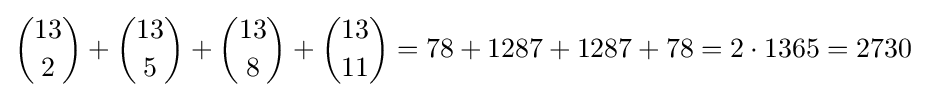
{\binom {13}{2}}+{\binom {13}{5}}+{\binom {13}{8}}+{\binom {13}{11}}=78+1287+1287+78=2\cdot 1365=2730